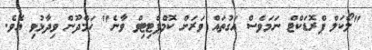
"ލޯކަލް ޕްރޮޑަކްޓް ނަމަވެސް އަގުތައް ވަރަށް ކޮމްޕެޓިޓިވް ވާނެ" ހަމްދޫން ވިދާޅުވި އެވެ.